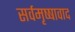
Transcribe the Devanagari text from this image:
सर्वमृष्षावाद